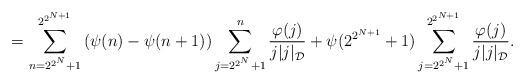
LaTeX: \begin{align*} = \sum_{n=2^{2^N}+1}^{2^{2^{N+1}}}\left(\psi(n)-\psi(n+1) \right) \sum_{j=2^{2^N}+1}^n \frac{\varphi(j)}{j|{j}|_{\mathcal{D}}}+ \psi(2^{2^{N+1}}+1) \sum_{j=2^{2^N}+1}^{2^{2^{N+1}}} \frac{\varphi(j)}{j|{j}|_{\mathcal{D}}}.\end{align*}